Report on lock hospitals in British Burma
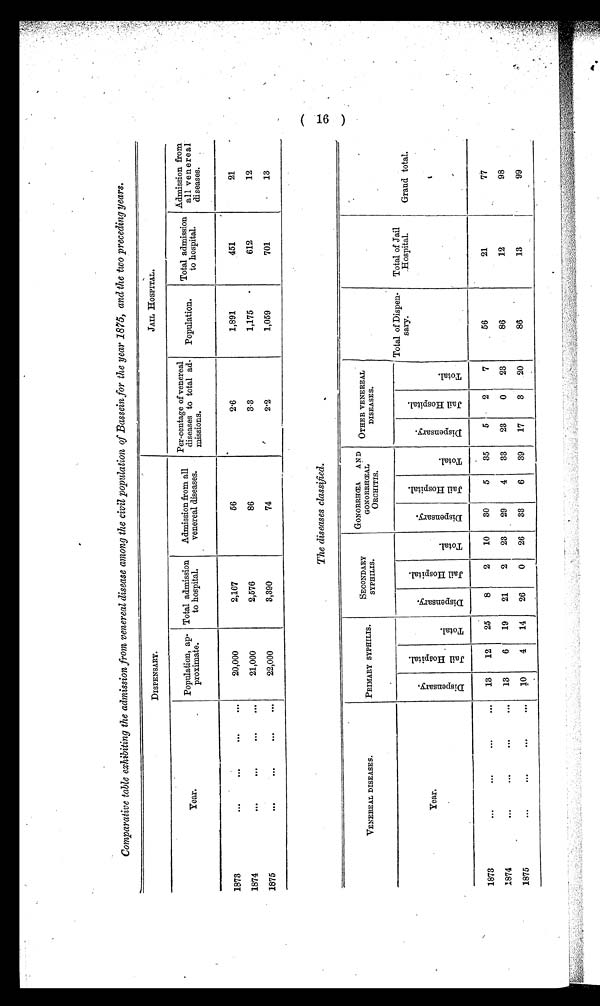
Comparative table exhibiting the admission from venereal disease among the civil population of Bassein for the year 1875, and the two preceding years.
DISPENSARY.
JAIL HOSPITAL.
Year.
Population, ap-
proximate.
Total admission
to hospital.
Admission from all
venereal diseases.
Per-tentage of venereal
diseases to total ad-
missions.
Population.
Total admission
t o h o s p i t a l .
Admission from
all venereal
diseases.
1873
. . .
...
. . .
. . .
20,000
2,167
56
2.6
1,891
451
21
1874
. . .
. . .
. . .
. . .
21,000
2,576
86
3.3
1,175
612
12
1875
. . .
. . .
...
. . .
22,000
3,390
74
2.2
1,059
701
13
The diseases classified.
ENEREAL DISEASES.
PRIMARY SYPHILIS.
SECONDARY
SYPHILIS.
GONORRHŒA
AND
GONORRHŒAL
ORCHITIS .
OTHER VENEREAL
DISEASES.
Y e a r .
D i s p e n s a r y .
J a i l H o s p i t a l .
T o t a l .
D i s p e n s a r y .
J a i l H o s p i t a l .
T o t a l .
D i s p e n s a r y .
J a i l H o s p i t a l .
T o t a l .
D i s p e n s a r y .
J a i l H o s p i t a l .
T o t a l .
Total of Dispen-
sary.
Total of Jail
Hospital.
Grand total.
1873
. . .
. . .
. . .
. . .
13
12
25
8
2
10
30
5
35
5
2
7
56
21
77
1874
. . .
. . .
. . .
. . .
13
6
19
21
2
23
29
4
33
23
0
23
86
12
98
1875
. . .
...
. . .
. . .
10
4
14
26
0
26
33
6
39
17
3
20
86
13
99